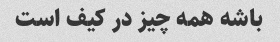
باشه همه چیز در کیف است